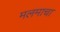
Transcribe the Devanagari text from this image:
मलमाचा